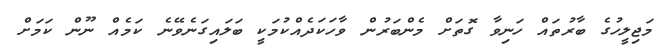
މަޖިލީހުގެ ބާރުތައް ހަނިވާ ގޮތަށް މެންބަރުން ވާހަކަދެއްކުމަކީ ބަލައިގަނެވޭނެ ކަމެއް ނޫން ކަމަށް